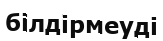
білдірмеуді